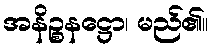
အနိဉ္စနဋ္ဌော၊ မည်၏။